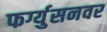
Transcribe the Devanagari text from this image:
फर्ग्युसनवर